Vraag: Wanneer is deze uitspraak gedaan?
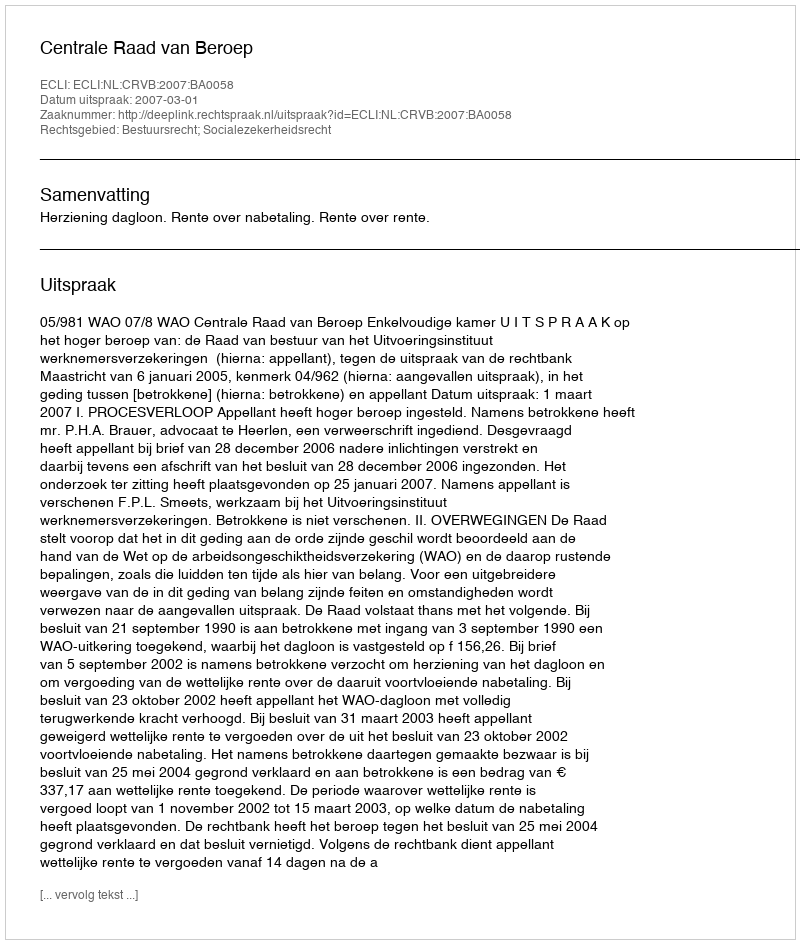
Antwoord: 2007-03-01